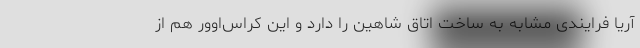
آریا فرایندی مشابه به ساخت اتاق شاهین را دارد و این کراس‌اوور هم از